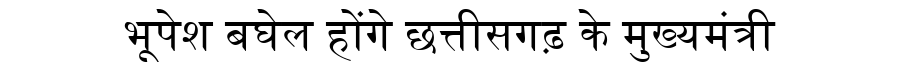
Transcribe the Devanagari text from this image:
भूपेश बघेल होंगे छत्तीसगढ़ के मुख्यमंत्री